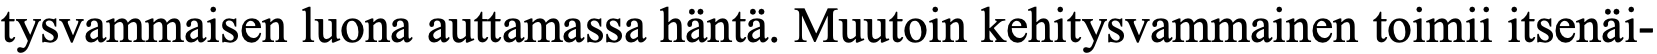
tysvammaisen luona auttamassa häntä. Muutoin kehitysvammainen toimii itsenäi-